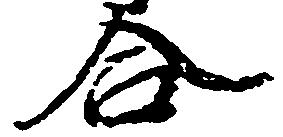
合